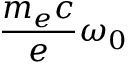
\frac { m _ { e } c } { e } \omega _ { 0 }